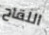
اللقاح